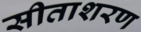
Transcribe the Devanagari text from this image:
सीताशरण